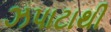
ઝપાટાથી